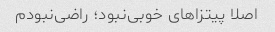
اصلا پیتزا‌های خوبی‌نبود‌؛ راضی‌نبودم